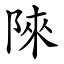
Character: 䧒